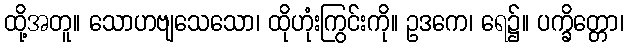
ထို့အတူ။ သောဟဗျသေသော၊ ထိုဟုံးကြွင်းကို။ ဥဒကေ၊ ရေ၌။ ပက္ခိတ္တော၊